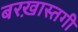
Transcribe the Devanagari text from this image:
बरख़ास्तगी